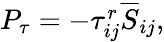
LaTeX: \begin{array}{r}{P_{\tau}=-\tau_{ij}^{r}\overline{{{S}}}_{ij},}\end{array}